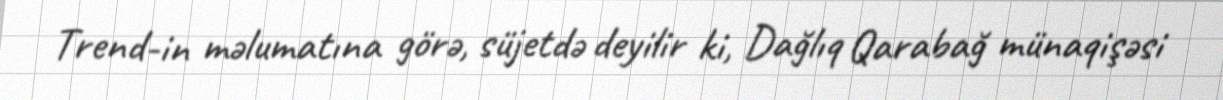
Trend-in məlumatına görə, süjetdə deyilir ki, Dağlıq Qarabağ münaqişəsi